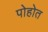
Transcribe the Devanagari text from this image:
पोहोत